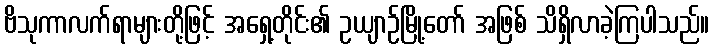
ဗိသုကာလက်ရာများတို့ဖြင့် အရှေ့တိုင်း၏ ဥယျာဉ်မြို့တော် အဖြစ် သိရှိလာခဲ့ကြပါသည်။